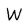
Character: W